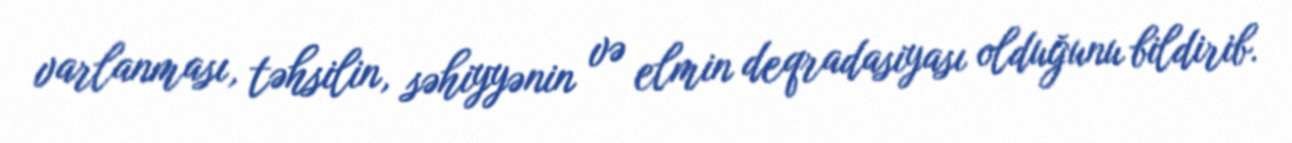
varlanması, təhsilin, səhiyyənin və elmin deqradasiyası olduğunu bildirib.